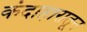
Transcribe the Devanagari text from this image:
कंदाहारातून